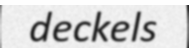
deckels